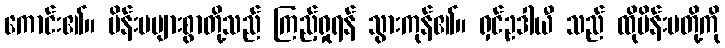
ကောင်း၏။ မိန်းမများစွာတို့သည် ကြည့်ရှုရန် သွားကုန်၏။ ရှင်ဥဒါယီ သည် ထိုမိန်းမတို့ကို